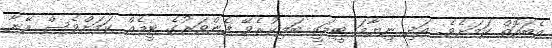
އެބައޮތް ކަމަށެވެ. އަދި ނިޔާމަ ޓީމަކީ ބަލިކުރެވޭ ފެންވަރުގެ ޓީމެއް ކަމަށްވެސް އޭނާ